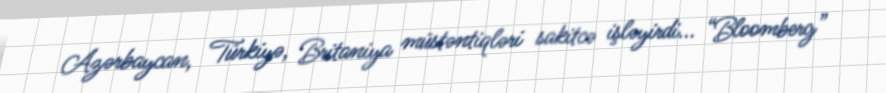
Azərbaycan, Türkiyə, Britaniya müstəntiqləri sakitcə işləyirdi... “Bloomberg”